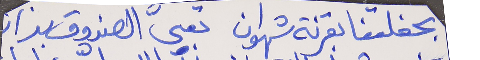
بحفلتنا بقرنة شهوان      تعبّى الصندوق بذار